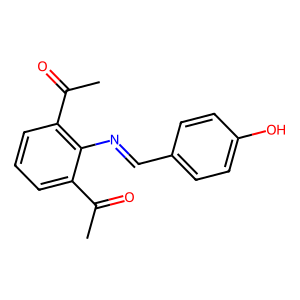
SMILES: CC(=O)c1cccc(C(C)=O)c1N=Cc1ccc(O)cc1
Inhibits HIV replication: No